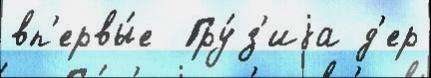
вп'ервы́е  Гру́з'иjа д'ер